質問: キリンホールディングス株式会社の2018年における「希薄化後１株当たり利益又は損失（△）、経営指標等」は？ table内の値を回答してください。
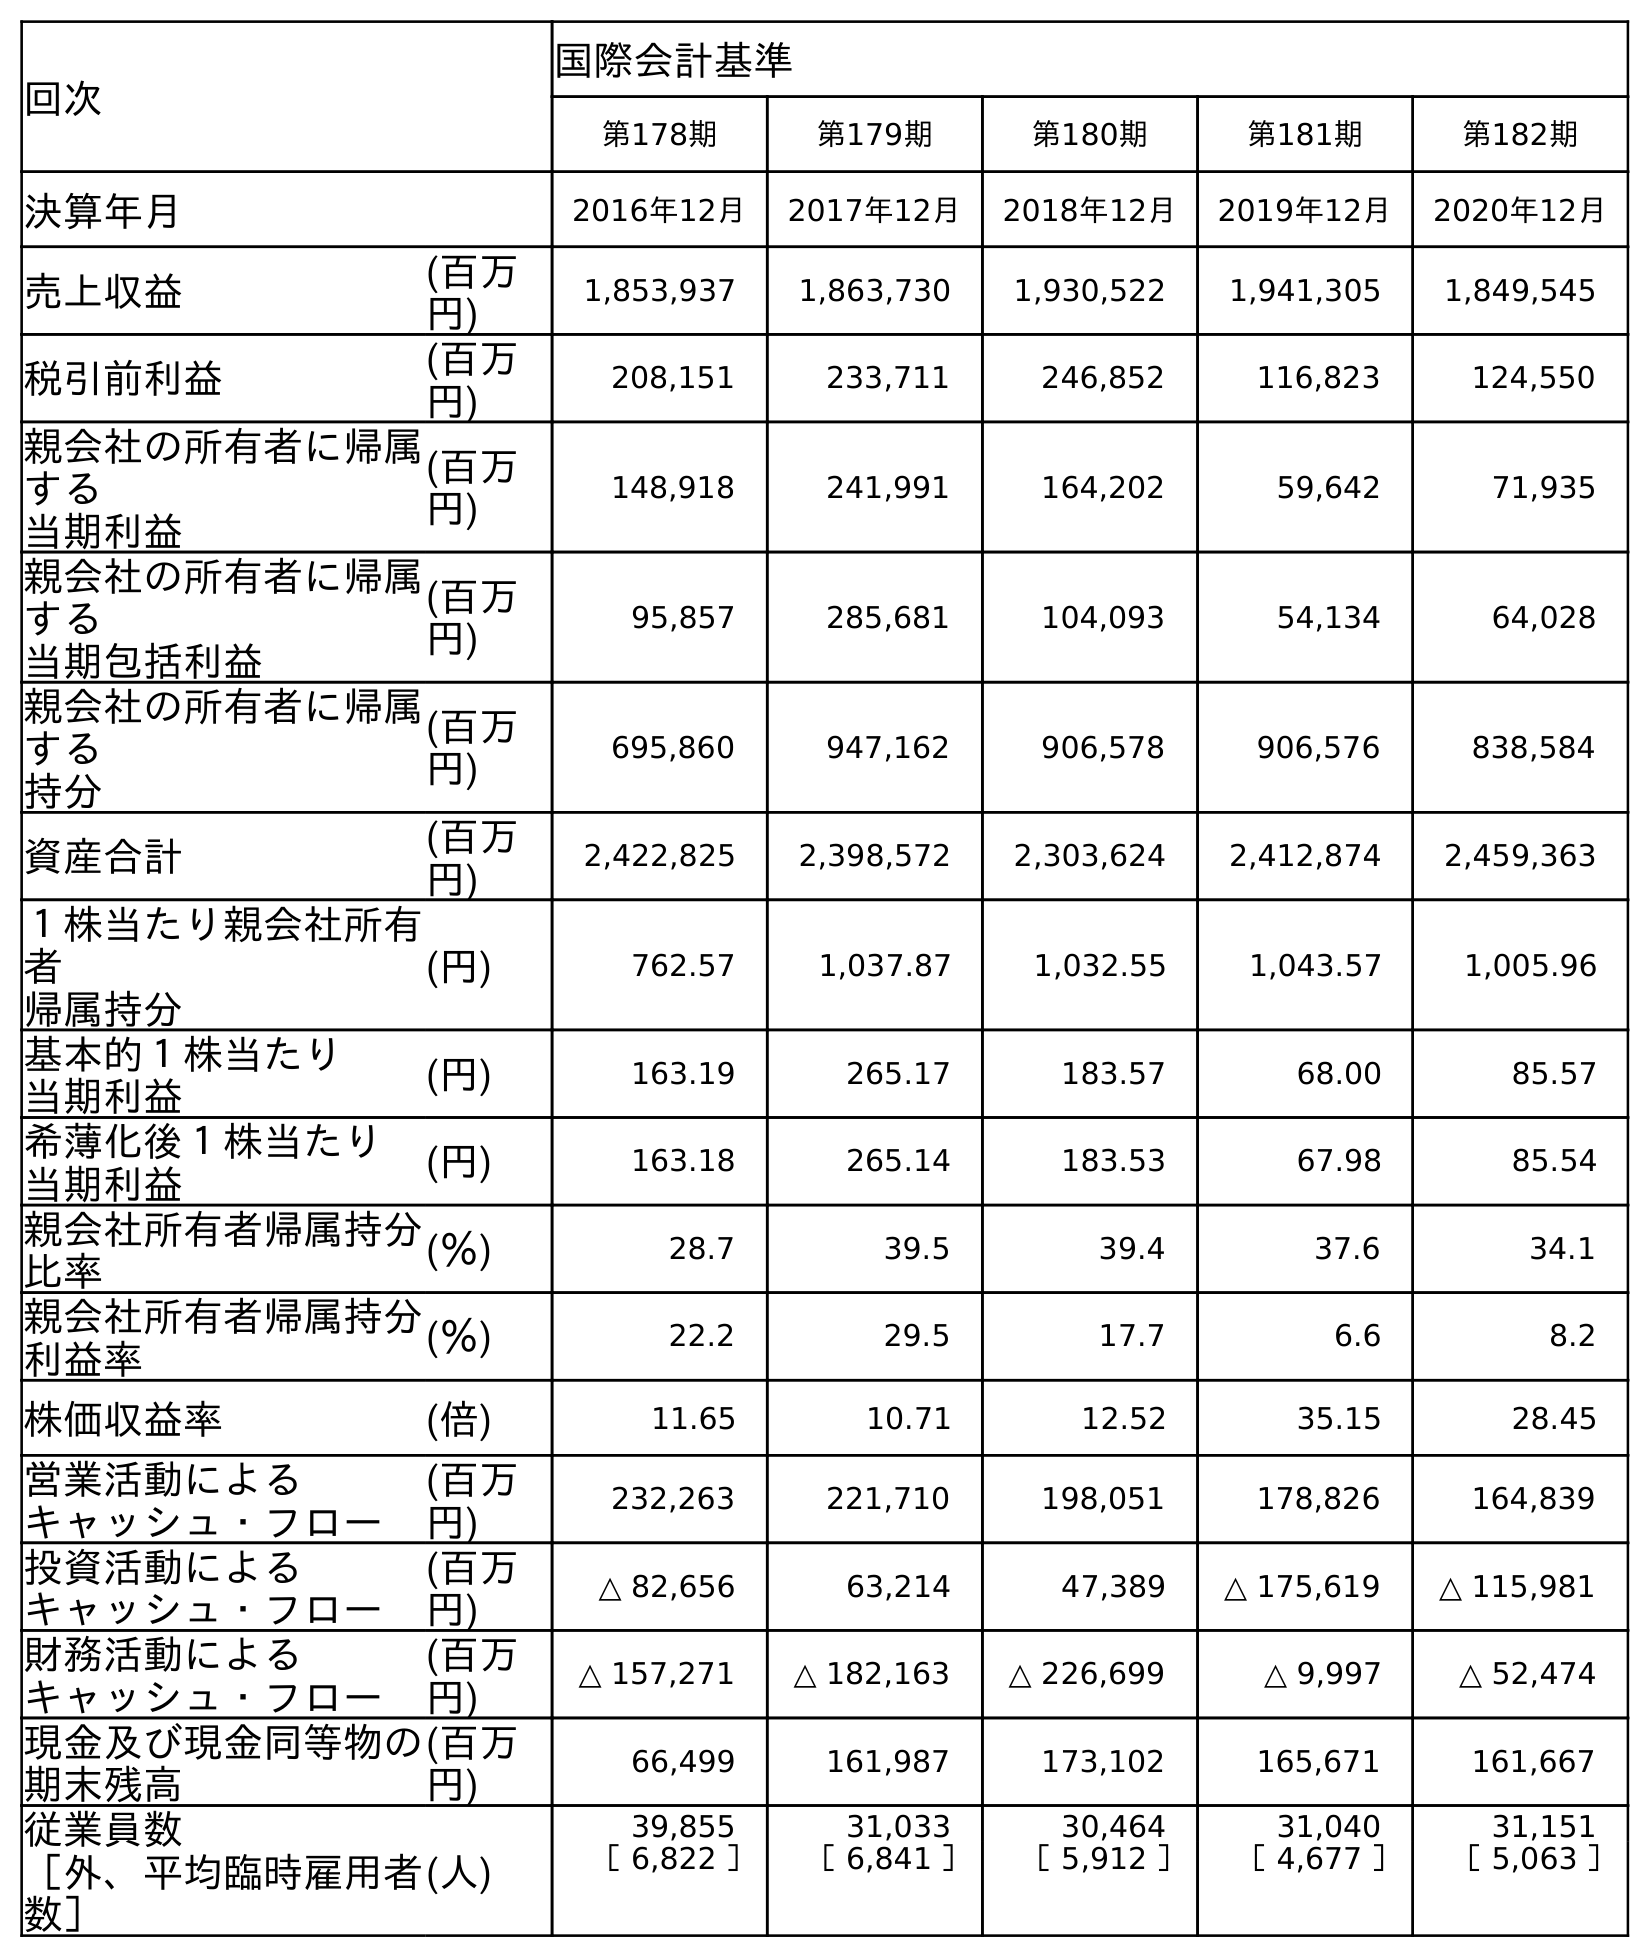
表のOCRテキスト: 回次 国際会計基準 第178期 第179期 第180期 第181期 第182期 決算年月 2016年12月 2017年12月 2018年12月 2019年12月 2020年12月 売上収益 (百万 円) 1,853,937 1,863,730 1,930,522 1,941,305 1,849,545 税引前利益 (百万 円) 208,151 233,711 246,852 116,823 124,550 親会社の所有者に帰属 する 当期利益 (百万 円) 148,918 241,991 164,202 59,642 71,935 親会社の所有者に帰属 する 当期包括利益 (百万 円) 95,857 285,681 104,093 54,134 64,028 親会社の所有者に帰属 する 持分 (百万 円) 695,860 947,162 906,578 906,576 838,584 資産合計 (百万 円) 2,422,825 2,398,572 2,303,624 2,412,874 2,459,363 １株当たり親会社所有 者 帰属持分 (円) 762.57 1,037.87 1,032.55 1,043.57 1,005.96 基本的１株当たり 当期利益 (円) 163.19 265.17 183.57 68.00 85.57 希薄化後１株当たり 当期利益 (円) 163.18 265.14 183.53 67.98 85.54 親会社所有者帰属持分 比率 (％) 28.7 39.5 39.4 37.6 34.1 親会社所有者帰属持分 利益率 (％) 22.2 29.5 17.7 6.6 8.2 株価収益率 (倍) 11.65 10.71 12.52 35.15 28.45 営業活動による キャッシュ・フロー (百万 円) 232,263 221,710 198,051 178,826 164,839 投資活動による キャッシュ・フロー (百万 円) △ 82,656 63,214 47,389 △ 175,619 △ 115,981 財務活動による キャッシュ・フロー (百万 円) △ 157,271 △ 182,163 △ 226,699 △ 9,997 △ 52,474 現金及び現金同等物の 期末残高 (百万 円) 66,499 161,987 173,102 165,671 161,667 従業員数 ［外、平均臨時雇用者 数］ (人) 39,855 31,033 30,464 31,040 31,151 ［ 6,822 ］ ［ 6,841 ］ ［ 5,912 ］ ［ 4,677 ］ ［ 5,063 ］
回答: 183.53